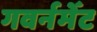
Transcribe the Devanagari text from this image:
गवर्नमेँट